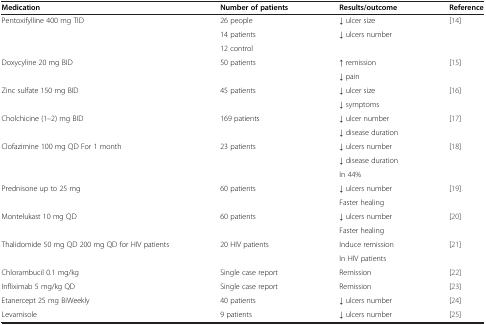
| Medication | Number of patients | Results/outcome | Reference |
 | --- | --- | --- | --- |
 | <ROWSPAN=3> Pentoxifylline 400 mg TID | 26 people | ↓ ulcer size | <ROWSPAN=3> [14] |
 | 14 patients | <ROWSPAN=2> ↓ ulcers number |
 | 12 control |
 | <ROWSPAN=2> Doxycyline 20 mg BID | <ROWSPAN=2> 50 patients | ↑ remission | <ROWSPAN=2> [15] |
 | ↓ pain |
 | <ROWSPAN=2> Zinc sulfate 150 mg BID | <ROWSPAN=2> 45 patients | ↓ ulcer size | <ROWSPAN=2> [16] |
 | ↓ symptoms |
 | <ROWSPAN=2> Cholchicine (1–2) mg BID | <ROWSPAN=2> 169 patients | ↓ ulcer number | <ROWSPAN=2> [17] |
 | ↓ disease duration |
 | <ROWSPAN=3> Clofazimine 100 mg QD For 1 month | <ROWSPAN=3> 23 patients | ↓ ulcers number | <ROWSPAN=3> [18] |
 | ↓ disease duration |
 | In 44% |
 | <ROWSPAN=2> Prednisone up to 25 mg | <ROWSPAN=2> 60 patients | ↓ ulcers number | <ROWSPAN=2> [19] |
 | Faster healing |
 | <ROWSPAN=2> Montelukast 10 mg QD | <ROWSPAN=2> 60 patients | ↓ ulcers number | <ROWSPAN=2> [20] |
 | Faster healing |
 | <ROWSPAN=2> Thalidomide 50 mg QD 200 mg QD for HIV patients | <ROWSPAN=2> 20 HIV patients | Induce remission | <ROWSPAN=2> [21] |
 | In HIV patients |
 | Chlorambucil 0.1 mg/kg | Single case report | Remission | [22] |
 | Infliximab 5 mg/kg QD | Single case report | Remission | [23] |
 | Etanercept 25 mg BiWeekly | 40 patients | ↓ ulcers number | [24] |
 | Levamisole | 9 patients | ↓ ulcers number | [25] |